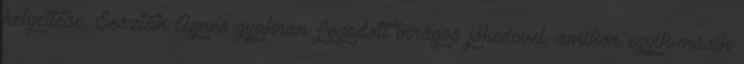
helyettese, Seszták Ágnes gyakran fogadott virágos jókedvvel, amikor egyik-másik